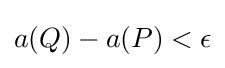
{\textstyle a(Q)-a(P)<\epsilon }